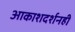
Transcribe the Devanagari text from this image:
आकाशदर्शनही